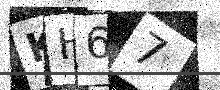
Text: KH67